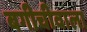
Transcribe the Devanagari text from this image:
बगीचीवाला